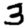
Digit: 3